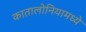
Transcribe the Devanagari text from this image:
कातालोनियामध्ये